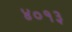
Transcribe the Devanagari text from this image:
४०१३